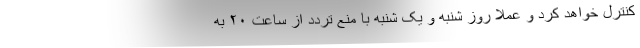
کنترل خواهد کرد و عملا روز شنبه و یک شنبه با منع تردد از ساعت ۲۰ به